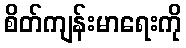
စိတ်ကျန်းမာရေးကို